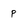
Character: p